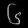
Digit: ၆